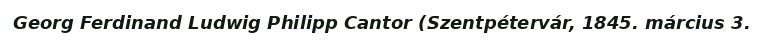
Georg Ferdinand Ludwig Philipp Cantor (Szentpétervár, 1845. március 3.